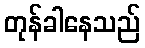
တုန်ခါနေသည်